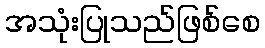
အသုံးပြုသည်ဖြစ်စေ